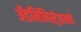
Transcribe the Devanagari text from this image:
ॲडमिनिस्ट्रेशनने